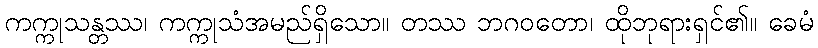
ကက္ကုသန္တဿ၊ ကက္ကုသံအမည်ရှိသော။ တဿ ဘဂဝတော၊ ထိုဘုရားရှင်၏။ ခေမံ